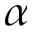
\alpha